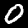
Digit: 0